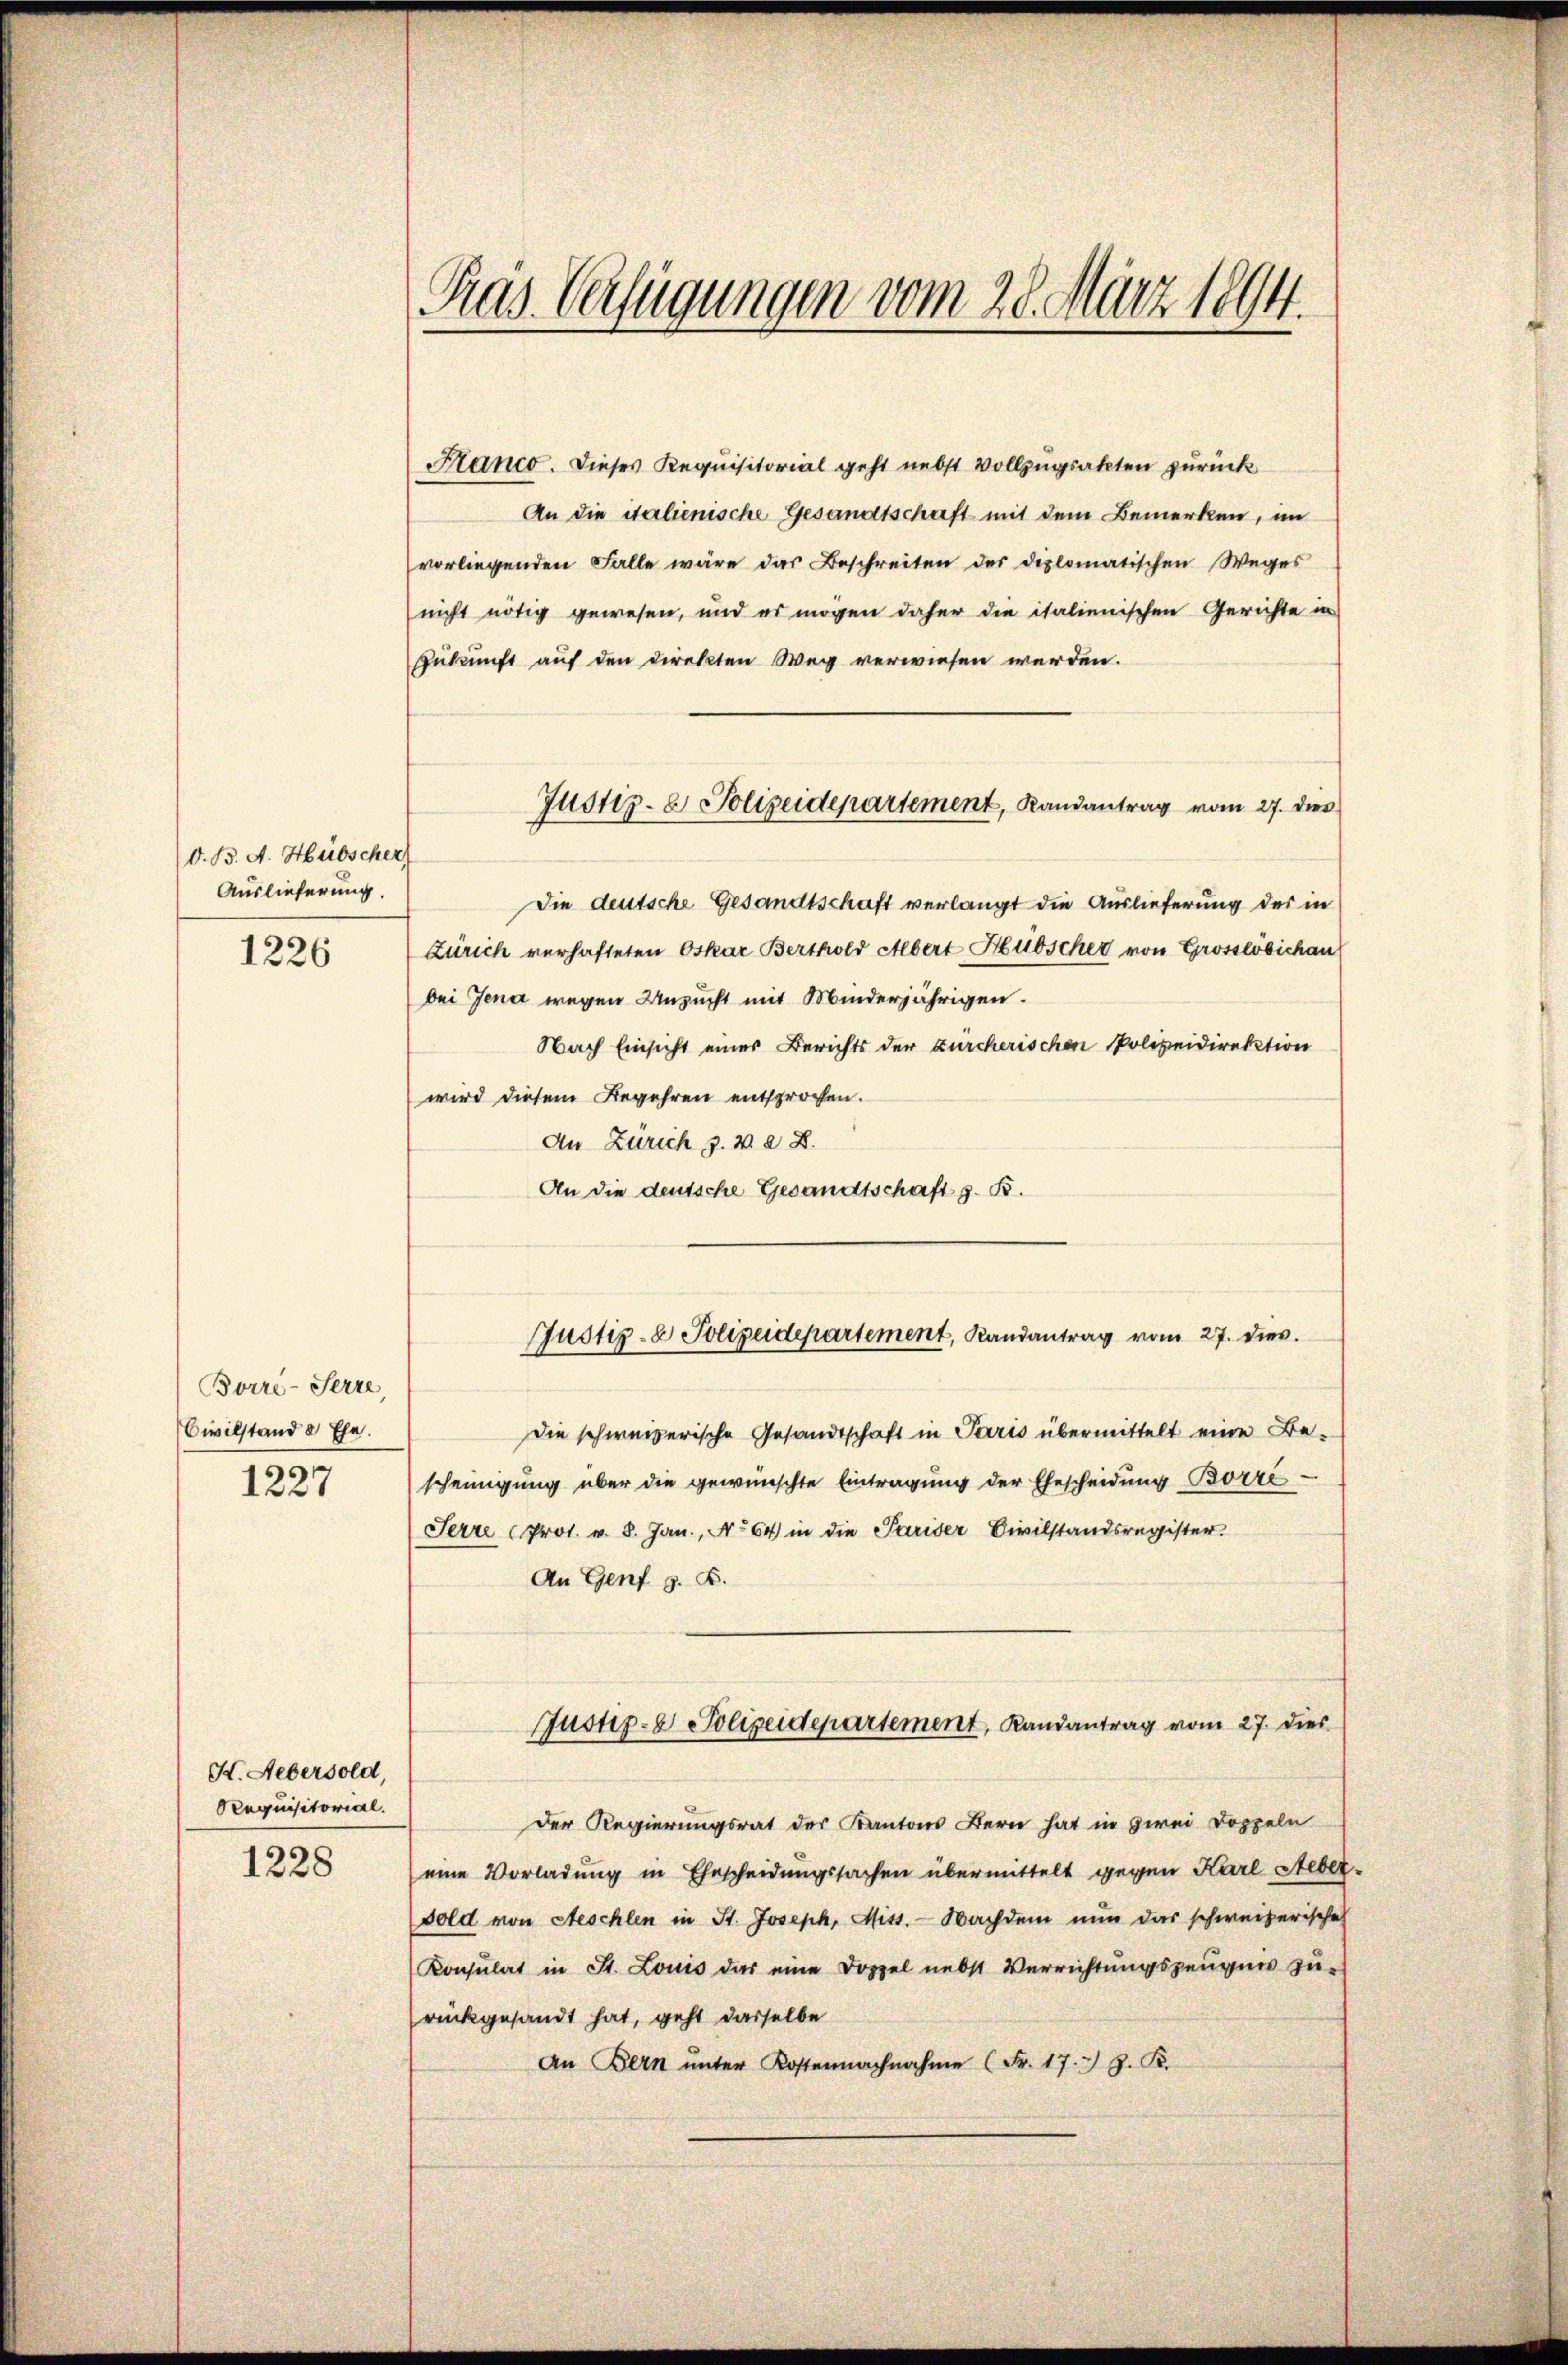
V. B. A. Hübscher)
Auslieferung.
1226

Borre-Serze
Civilstand & Ehe.

1227

K. Uebersold,
Requisitorial.

1228

Pras. Verfügungen vom 28. März 1894.

Kanco. Dieses Requisitorial geht nebst Vollzugsakten zurück
An die italienische Gesandtschaft mit dem Bemerken, im
vorliegenden Falle wäre das Beschreiten der diplomatischen Weges
nicht nötig gewesen, und es mögen daher die italienischen Gerichte in
Zukunft auf den direkten Weg verwiesen werden.
Die deutsche Gesandtschaft verlangt die Auslieferung des in
Zürich verhafteten Oskar Berthold Albert Hubscher von Grosslöbichau
bei Jena wegen Unzucht mit Minderjährigen.
Nach Einsicht einer Berichts der zürcherischen Polizeidirektion
wird diesem Begehren entsprochen.
An Zürich z. v. a. D.
An die deutsche Gesandtschaft z. B.
Die schweizerische Gesandtschaft in Paris übermittelt eine Bescheinigung über die gewünschte Eintragung der Ehescheidung Borré-
Serre Prot. v. 8. Jan., No 64 in die Pariser Civilstandsregister.
An Genf z. B.
Justiz- & Polizeidepartement, Randantrag vom 27. dies
Der Regierungsrat des Kantons Bern hat in zwei Doppeln
eine Vorladung in Ehescheidungssachen übermittelt gegen Karl Steber
Sold von Aeschlen in St. Joseph, Mitt. - Nachdem nun das schweizerische
Konsulat in St. Louis das eine Doppel nebst Verrichtungszeugnis zurückgesandt hat, geht dasselbe
An Bern unter Kostennachnahme (Fr. 17. J. K.

Justiz- & Polizeidepartement, Randantrag vom 27. dies

Justiz- & Polizeidepartement, Randantrag vom 27. dies